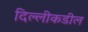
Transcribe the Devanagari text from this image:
दिल्लीकडील